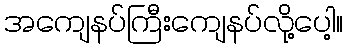
အကျေနပ်ကြီးကျေနပ်လို့ပေါ့။